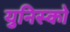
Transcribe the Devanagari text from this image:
युनिस्को